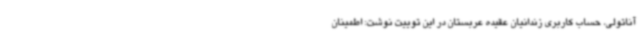
آناتولی، حساب کاربری زندانیان عقیده عربستان در این توییت نوشت: اطمینان